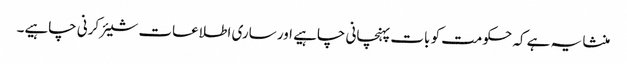
منشا یہ ہے کہ حکومت کو بات پہنچانی چاہیے اور ساری اطلاعات شیئر کرنی چاہیے۔